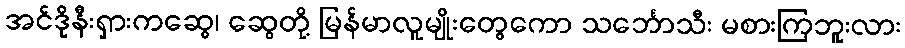
အင်ဒိုနီးရှားကဆွေ၊ ဆွေတို့ မြန်မာလူမျိုးတွေကော သင်္ဘောသီး မစားကြဘူးလား